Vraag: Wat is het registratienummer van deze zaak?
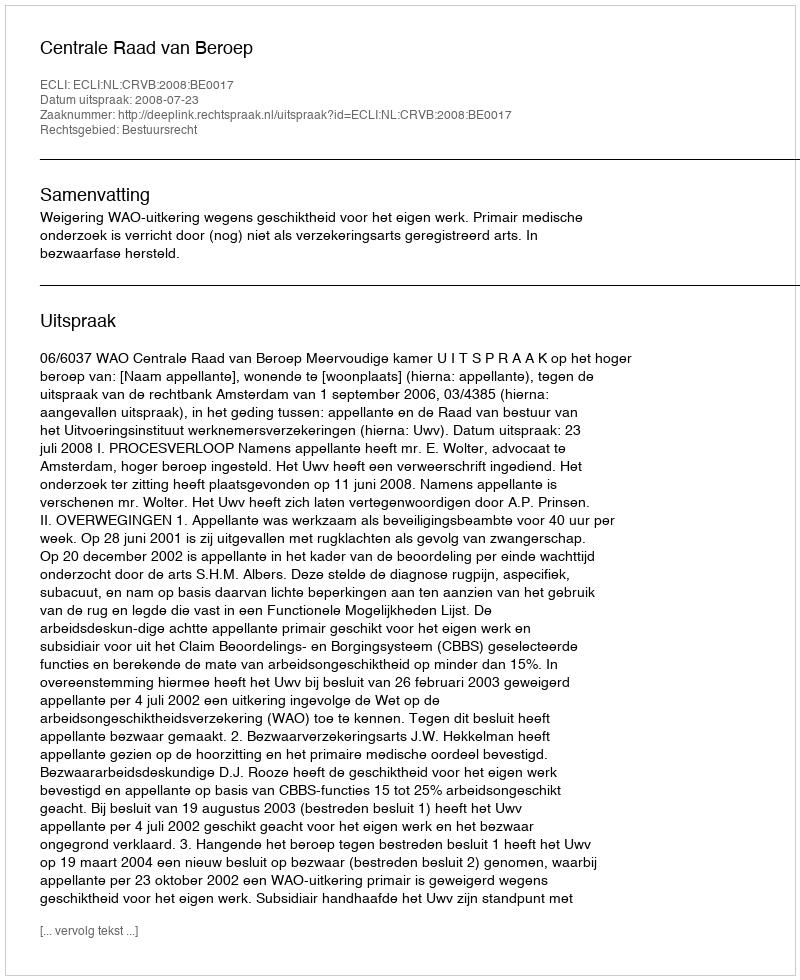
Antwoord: http://deeplink.rechtspraak.nl/uitspraak?id=ECLI:NL:CRVB:2008:BE0017